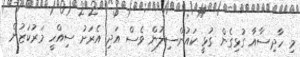
މި ހާދިސާއާ ގުޅިގެން ގުޅީ ކައުންސިލުން ވެސް އަދި އެރަށު ސިއްހީ މަރުކަޒުން